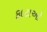
ફાટાઓ